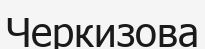
Черкизова